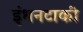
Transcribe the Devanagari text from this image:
इंधनटाकी